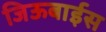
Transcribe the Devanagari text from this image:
जिऊबाईस